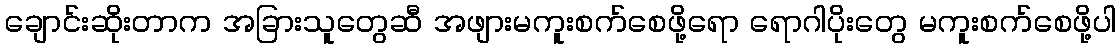
ချောင်းဆိုးတာက အခြားသူတွေဆီ အဖျားမကူးစက်စေဖို့ရော ရောဂါပိုးတွေ မကူးစက်စေဖို့ပါ